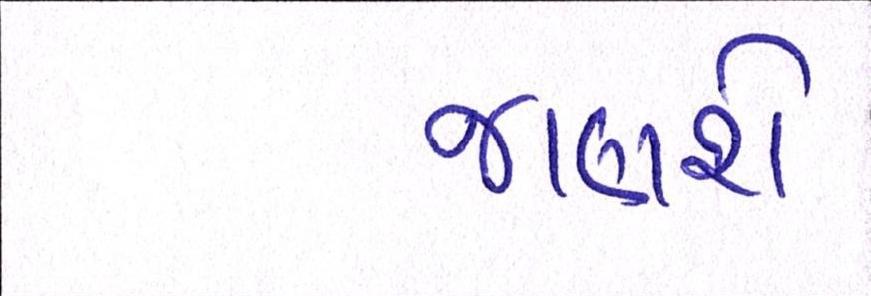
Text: જાણશે